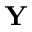
\mathbf { Y }